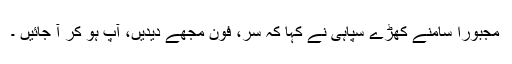
مجبورا سامنے کھڑے سپاہی نے کہا کہ سر، فون مجھے دیدیں، آپ ہو کر آ جائیں ۔